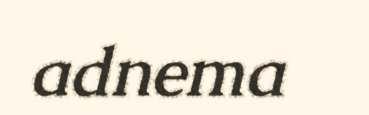
adnema